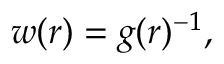
w ( r ) = g ( r ) ^ { - 1 } ,